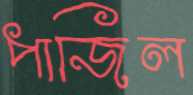
পাজিল